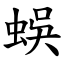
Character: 蜈